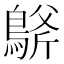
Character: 𪂀